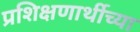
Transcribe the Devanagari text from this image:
प्रशिक्षणार्थीच्या